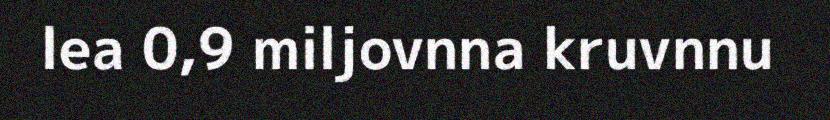
lea 0,9 miljovnna kruvnnu